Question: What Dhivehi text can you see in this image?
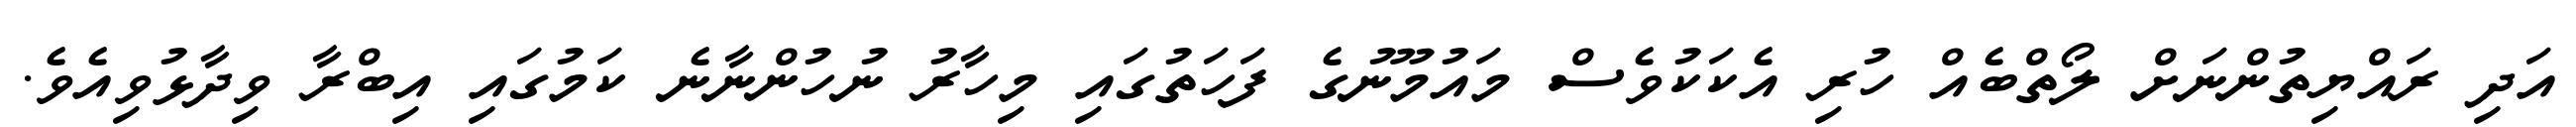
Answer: އަދި ރައްޔިތުންނަށް ލޯތްބެއް ހުރި އެކަކުވެސް މައުމޫނުގެ ފަހަތުގައި މިހާރު ނުހުންނާނެ ކަމުގައި އިބްރާ ވިދާޅުވިއެވެ.